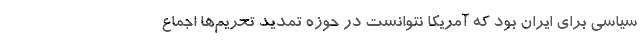
سیاسی برای ایران بود که آمریکا نتوانست در حوزه تمدید تحریم‌ها اجماع